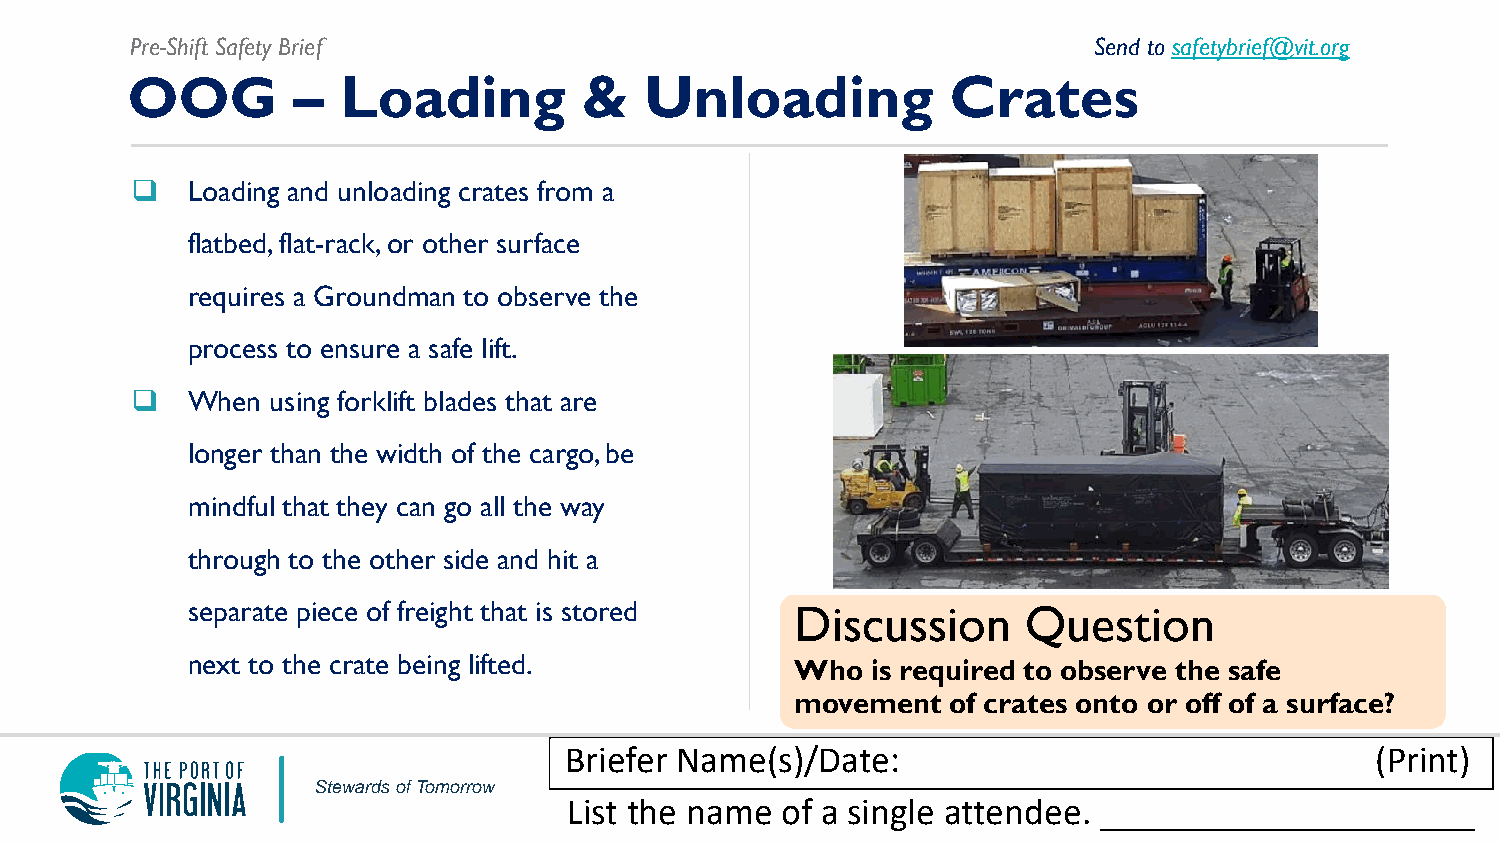
Pre-Shift Safety Brief                                         Send to safetybrief@vit.org
 OOG        –   Loading         &   Unloading           Crates
   Loading and unloading crates from a
 flatbed, flat-rack, or other surface
 requires a Groundman to observe the
 process to ensure a safe lift.
   When  using forklift blades that are
 longer than the width of the cargo, be
 mindful that they can go all the way
 through to the other side and hit a
 separate piece of freight that is stored Discussion     Question
 next to the crate being lifted.          Who  is required to observe the safe
 movement  of crates onto or off of a surface?
 Briefer Name(s)/Date:                                 (Print)
 Stewards of Tomorrow
 List the name of a single attendee. ____________________